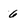
Character: 6